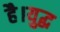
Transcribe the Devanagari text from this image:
है।युद्ध